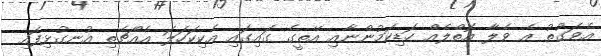
އެވަގުތު އެ ވެލާ އޮތްލެއް ހަޑިކަމުންނާއި އޭތީގެ ގައިގައި އެކިކަހަލަ އެއްޗެތި އުނގުޅިފައި